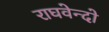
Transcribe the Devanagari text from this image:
राघवेन्दो